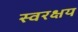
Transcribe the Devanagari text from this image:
स्वरक्षय